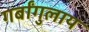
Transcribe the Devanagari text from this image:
गर्बांगुलाय